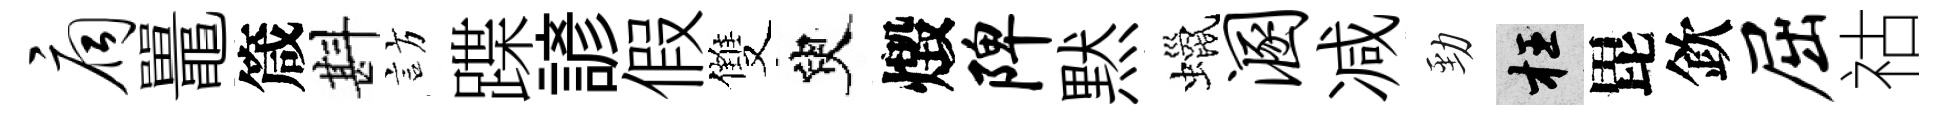
扃鼉箴斟訪蹀諺假雙臾燬陴黙蠟溷减勁枉毘欽屈祜